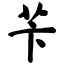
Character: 苄